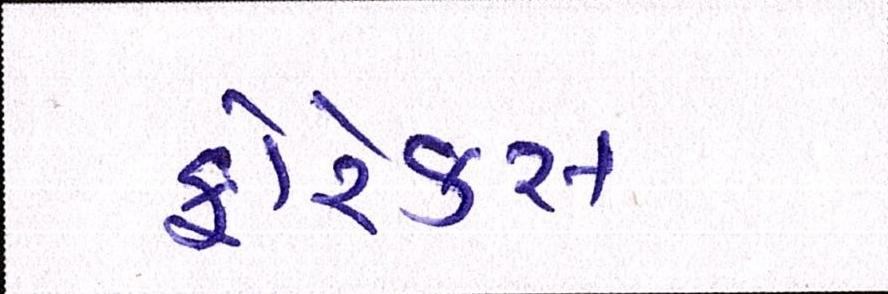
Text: ફોરેક્સ